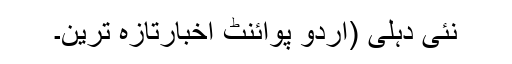
نئی دہلی (اُردو پوائنٹ اخبارتازہ ترین۔